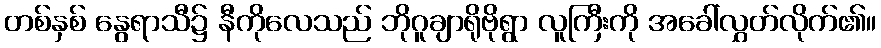
တစ်နှစ် နွေရာသီ၌ နီကိုလေသည် ဘိုဂူချာရိုဗိုရွာ လူကြီးကို အခေါ်လွှတ်လိုက်၏။